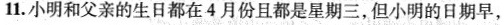
11.小明和父亲的生日都在4月份且都是星期三，但小明的日期早，